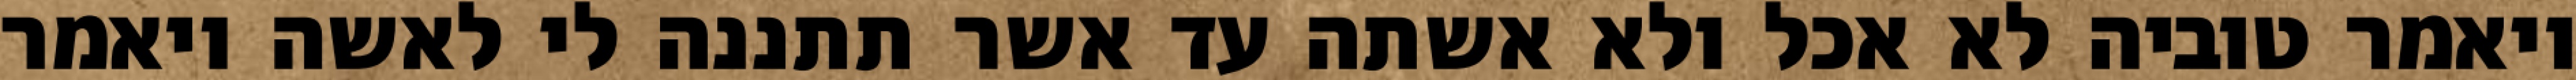
ויאמר טוביה לא אכל ולא אשתה עד אשר תתננה לי לאשה ויאמר